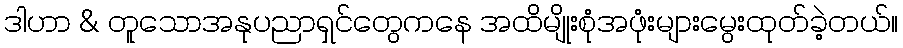
ဒါဟာ & တူသောအနုပညာရှင်တွေကနေ အထိမျိုးစုံအဖုံးများမွေးထုတ်ခဲ့တယ်။